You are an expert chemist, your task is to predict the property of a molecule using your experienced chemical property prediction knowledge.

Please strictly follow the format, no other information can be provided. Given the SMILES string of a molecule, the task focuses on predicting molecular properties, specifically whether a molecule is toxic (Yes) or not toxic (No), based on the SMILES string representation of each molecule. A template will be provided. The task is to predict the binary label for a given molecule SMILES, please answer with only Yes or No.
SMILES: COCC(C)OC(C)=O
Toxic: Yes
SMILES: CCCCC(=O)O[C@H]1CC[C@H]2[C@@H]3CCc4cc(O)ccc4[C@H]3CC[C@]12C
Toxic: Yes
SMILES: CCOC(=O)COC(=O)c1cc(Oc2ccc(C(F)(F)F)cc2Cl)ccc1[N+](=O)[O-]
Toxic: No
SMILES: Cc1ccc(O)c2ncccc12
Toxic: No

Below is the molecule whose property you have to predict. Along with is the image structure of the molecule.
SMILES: CCC(=O)OCC(=O)[C@@]1(OC(=O)CC)[C@H](C)C[C@H]2[C@H]3[C@H]([C@@H](O)C[C@@]21C)[C@@]1(C)C=CC(=O)C=C1C[C@H]3Cl
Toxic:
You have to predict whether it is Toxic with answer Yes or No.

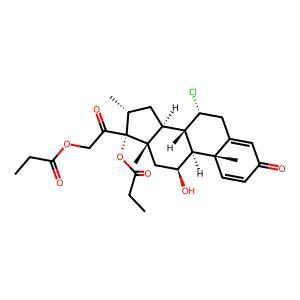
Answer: Yes